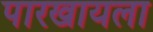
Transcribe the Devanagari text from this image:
पारखायला